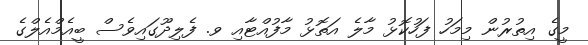
މީގެ އިތުރުން މިމަހު ފަހުކޮޅު މާލެ އަތޮޅު މާފުއްޓާއި ވ. ފެލިދޫގައިވެސް ބީއެމްއެލްގެ